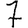
Digit: 7